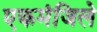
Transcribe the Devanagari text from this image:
एकमंजिले